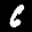
Label: 6